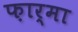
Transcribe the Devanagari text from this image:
फ़ार्मा